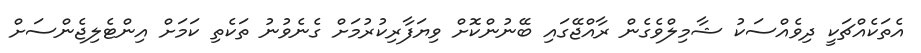
އެތަކެއްޗަކީ ދިވެއްސަކު ޝާމިލްވެގެން ރާއްޖޭގައި ބޭނުންކޮށް ވިޔަފާރިކުރުމަށް ގެނެވުނު ތަކެތި ކަމަށް އިންޓެލިޖެންސަށް